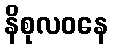
နိစုလဝနေ